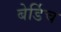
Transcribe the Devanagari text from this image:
बेर्डिच